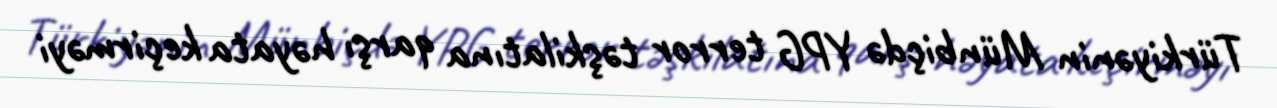
Türkiyənin Münbiçdə YPG terror təşkilatına qarşı həyata keçirməyi